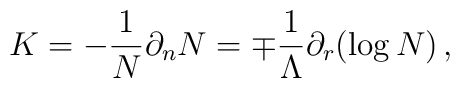
K=-\frac{1}{N}\partial _{n}N=\mp \frac{1}{\Lambda }\partial _{r}(\log N)\, ,